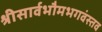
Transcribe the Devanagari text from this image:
श्रीसार्वभौमभगवंस्तव